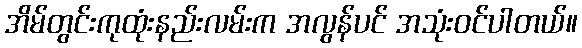
အိမ်တွင်းကုထုံးနည်းလမ်းက အလွန်ပင် အသုံးဝင်ပါတယ်။